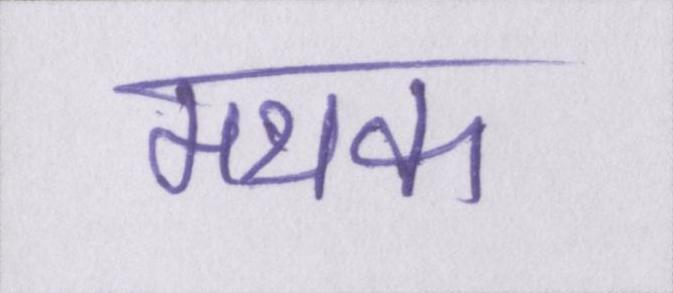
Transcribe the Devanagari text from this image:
मथक